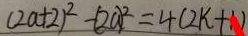
( 2 a + 2 ) ^ { 2 } - ( 2 a ) ^ { 2 } = 4 ( 2 k + 1 )